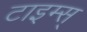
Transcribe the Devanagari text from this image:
टाइम्स्